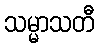
သမ္မာသတီ